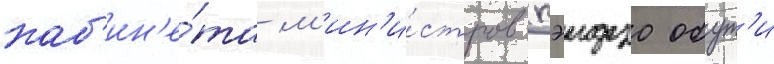
каб'ин'е́та м'ин'и́стров кэидзо обут'и